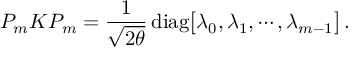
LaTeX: P _ { m } K P _ { m } = { \frac { 1 } { \sqrt { 2 \theta } } } \, \mathrm { d i a g } \bigl [ \lambda _ { 0 } , \lambda _ { 1 } , \cdots , \lambda _ { m - 1 } \bigr ] \, .